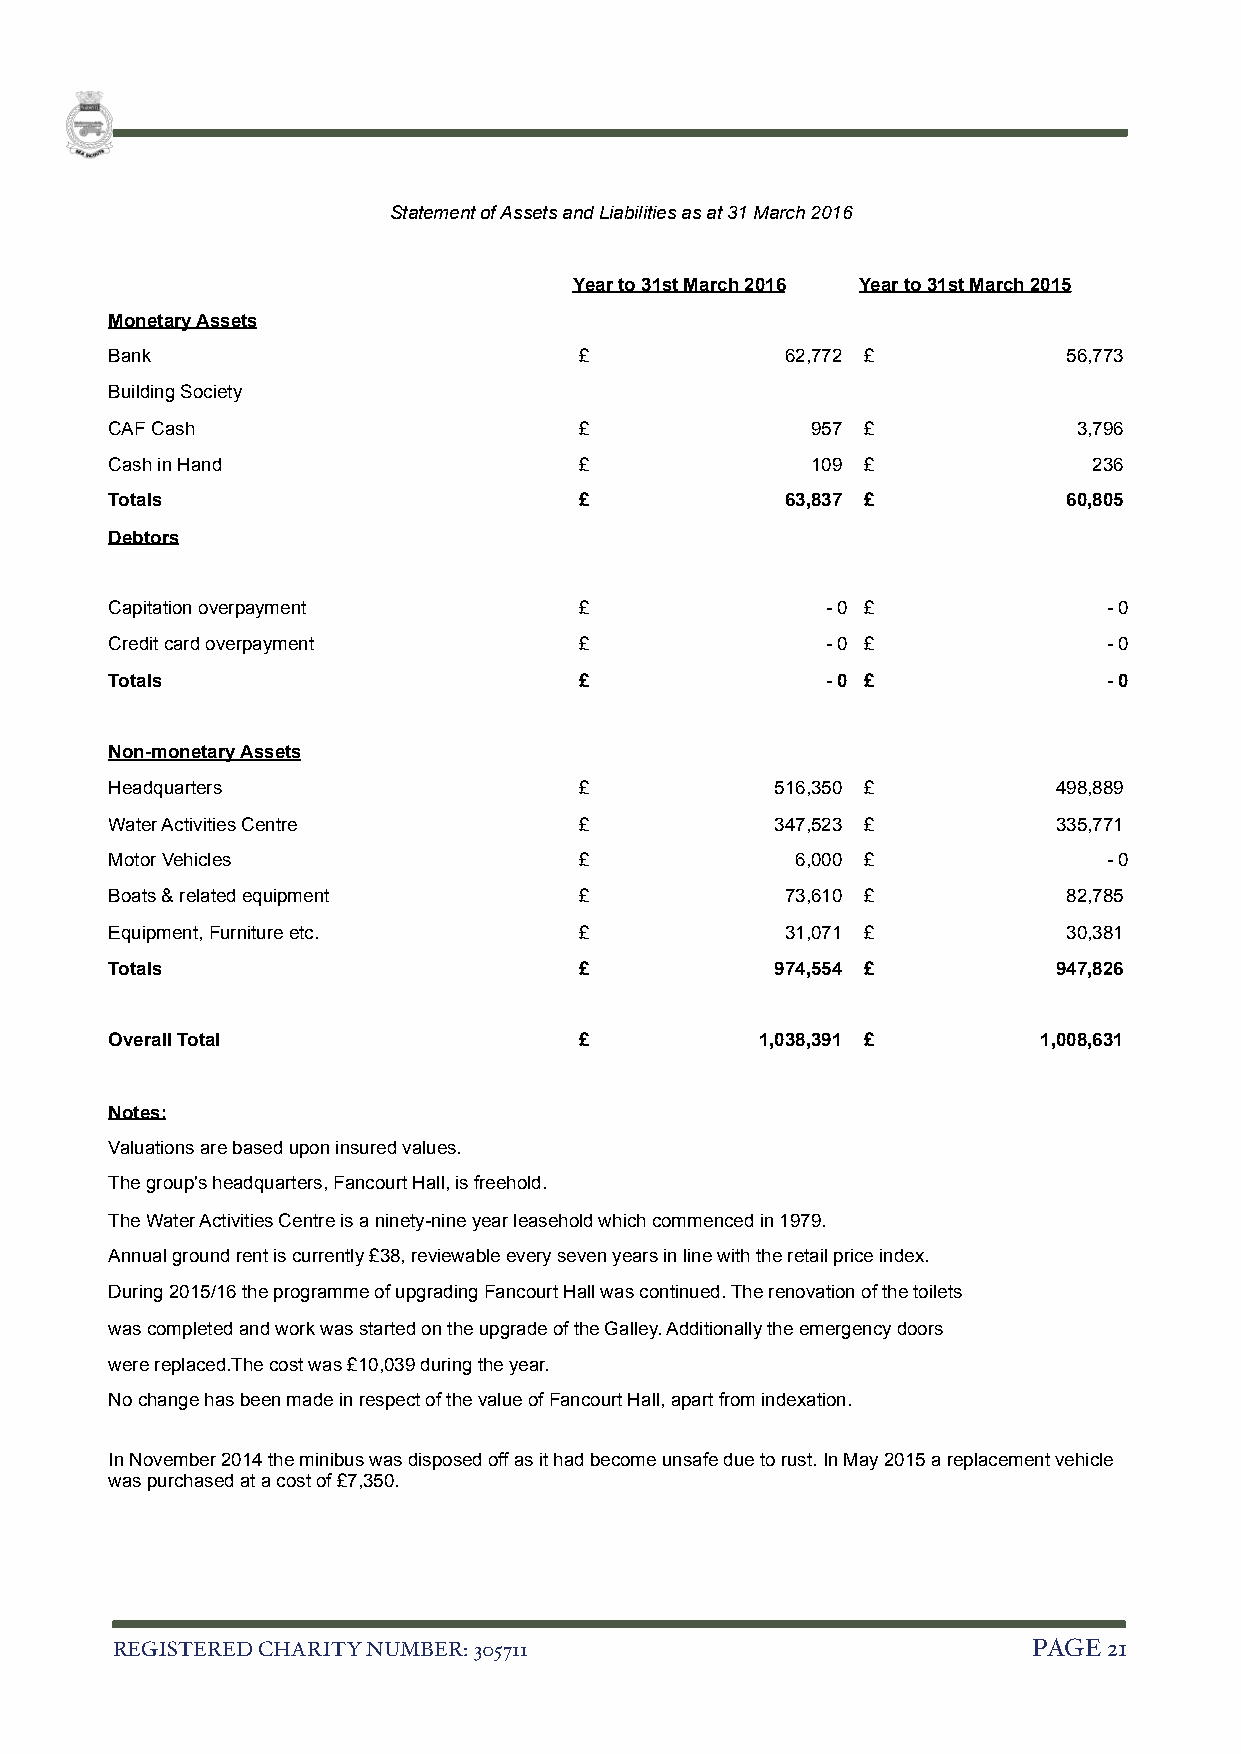
Statement of Assets and Liabilities as at 31 March 2016
 Year to 31st March 2016 Year to 31st March 2015
 Monetary Assets
 Bank                           £             62,772 £           56,773
 Building Society
 CAF Cash                       £               957 £            3,796
 Cash in Hand                   £               109 £             236
 Totals                         £             63,837 £           60,805
 Debtors
 Capitation overpayment         £                - 0 £             - 0
 Credit card overpayment        £                - 0 £             - 0
 Totals                         £                - 0 £             - 0
 Non-monetary Assets
 Headquarters                   £            516,350 £          498,889
 Water Activities Centre        £            347,523 £          335,771
 Motor Vehicles                 £              6,000 £             - 0
 Boats & related equipment      £             73,610 £           82,785
 Equipment, Furniture etc.      £             31,071 £           30,381
 Totals                         £            974,554 £          947,826
 Overall Total                  £           1,038,391 £        1,008,631
 Notes:
 Valuations are based upon insured values.
 The group's headquarters, Fancourt Hall, is freehold.
 The Water Activities Centre is a ninety-nine year leasehold which commenced in 1979.
 Annual ground rent is currently £38, reviewable every seven years in line with the retail price index.
 During 2015/16 the programme of upgrading Fancourt Hall was continued. The renovation of the toilets
 was completed and work was started on the upgrade of the Galley. Additionally the emergency doors
 were replaced.The cost was £10,039 during the year.
 No change has been made in respect of the value of Fancourt Hall, apart from indexation.
 In November 2014 the minibus was disposed off as it had become unsafe due to rust. In May 2015 a replacement vehicle
 was purchased at a cost of £7,350.
 REGISTERED CHARITY NUMBER: 305711                            PAGE 2 1